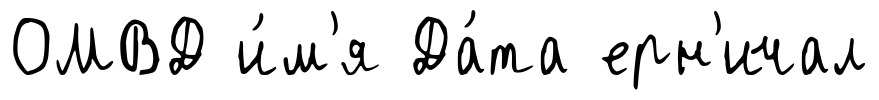
ОМВД и́м'я Да́та ерн'ичал